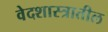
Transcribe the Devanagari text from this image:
वेदशास्त्रातील